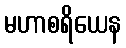
မဟာစရိယေန